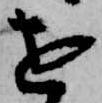
を